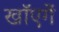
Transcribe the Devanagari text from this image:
खाॅएगें